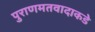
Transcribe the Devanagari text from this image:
पुराणमतवादाकडे